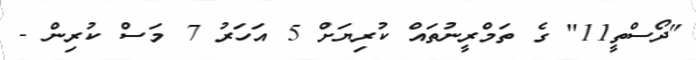
"ދޯސްތީ11" ގެ ތަމްރީނުތައް ކުރިޔަށް 5 އަހަރު 7 މަސް ކުރިން -